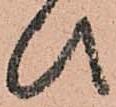
ひ